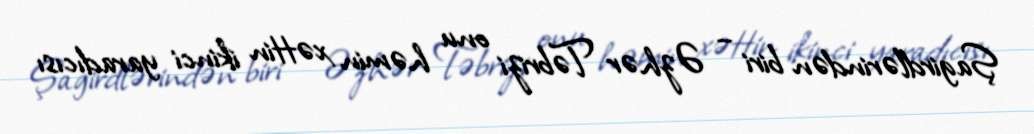
Şagirdlərindən biri – Əzhər Təbrizi onu həmin xəttin ikinci yaradıcısı